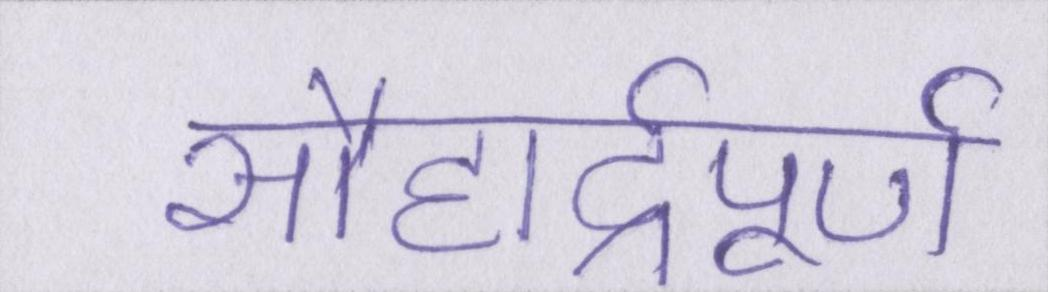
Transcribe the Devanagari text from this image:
सौहार्द्रपूर्ण